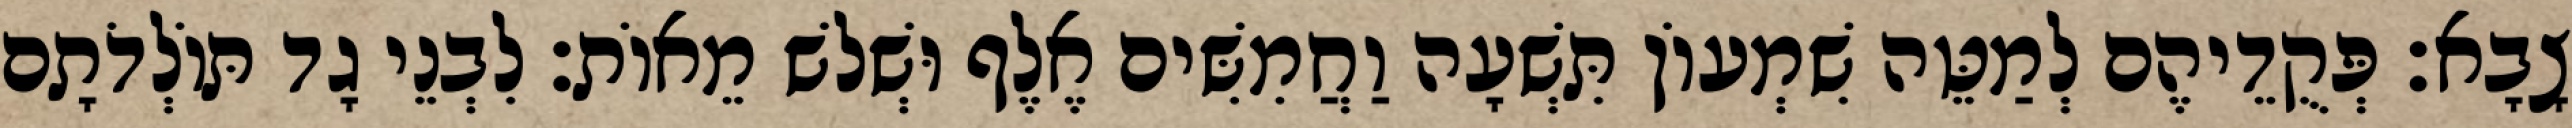
צָבָא׃ פְּקֻדֵיהֶם לְמַטֵּה שִׁמְעוֹן תִּשְׁעָה וַחֲמִשִּׁים אֶלֶף וּשְׁלשׁ מֵאוֹת׃ לִבְנֵי גָד תּוֹלְדֹתָם